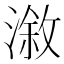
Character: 漵